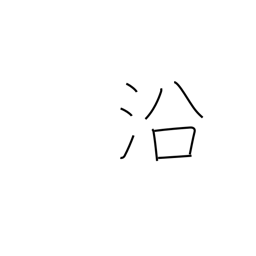
Meaning: lie along